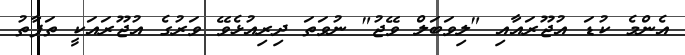
އެންމެ ކުޑަ އުޖޫރައާއި "ލިވަބަލް ވޭޖު" ނުވަތަ ދިރިއުޅެވޭ ވަރުގެ އުޖޫރައަކީ ތަފާތު